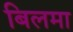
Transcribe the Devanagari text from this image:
बिलमा